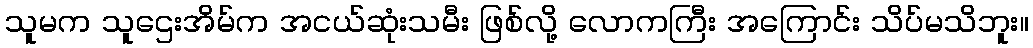
သူမက သူဌေးအိမ်က အငယ်ဆုံးသမီး ဖြစ်လို့ လောကကြီး အကြောင်း သိပ်မသိဘူး။